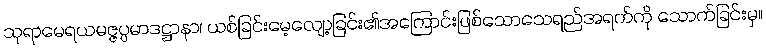
သုရာမေရယမဇ္ဇပ္ပမာဒဋ္ဌာနာ၊ ယစ်ခြင်းမေ့လျော့ခြင်း၏အကြောင်းဖြစ်သောသေရည်အရက်ကို သောက်ခြင်းမှ။